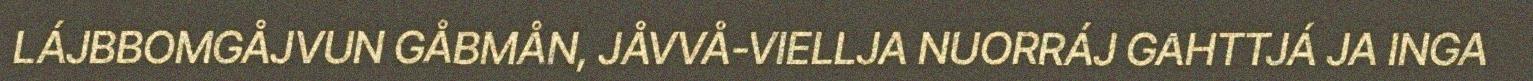
LÁJBBOMGÅJVUN GÅBMÅN, JÅVVÅ-VIELLJA NUORRÁJ GAHTTJÁ JA INGA